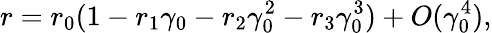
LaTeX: r=r_{0}(1-r_{1}\gamma_{0}-r_{2}\gamma_{0}^{2}-r_{3}\gamma_{0}^{3})+O(\gamma_{0}^{4}),